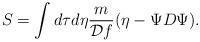
LaTeX: \begin{align*}S=\int d\tau d\eta {m\over{{\cal D}f}}(\eta-\Psi{D}\Psi).\end{align*}